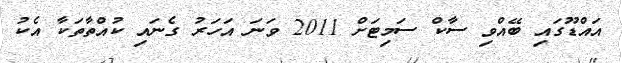
އައްޑޫގައި ބޭއްވި ސާކް ސަމިޓަށް 2011 ވަނަ އަހަރު ގެނައި ކުއްތާތަކާ އެކު